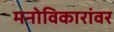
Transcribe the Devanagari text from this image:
मनोविकारांवर